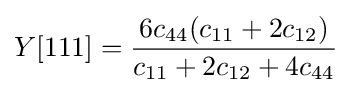
Y[\mathrm {111} ]={\frac {6c_{44}(c_{11}+2c_{12})}{c_{11}+2c_{12}+4c_{44}}}